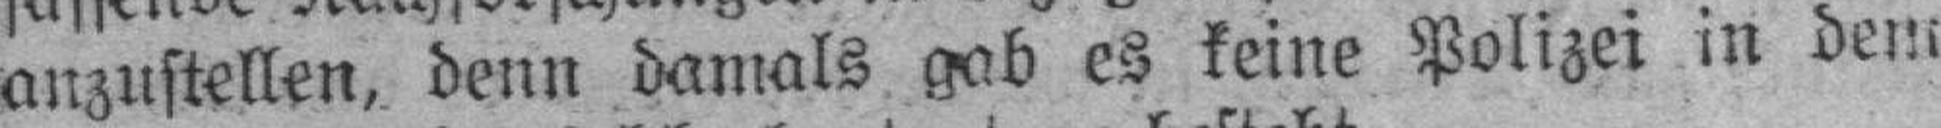
anzustellen, denn damals gab es keine Polizei in dem